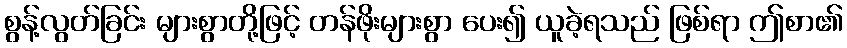
စွန့်လွတ်ခြင်း များစွာတို့ဖြင့် တန်ဖိုးများစွာ ပေး၍ ယူခဲ့ရသည် ဖြစ်ရာ ဤစာ၏